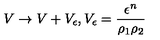
V \rightarrow V + V _ { \epsilon } , V _ { \epsilon } = \frac { \epsilon ^ { n } } { \rho _ { 1 } \rho _ { 2 } }